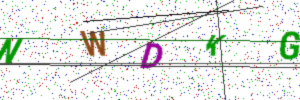
Text: NWDKG